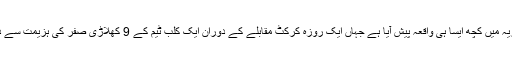
چیک جمہوریہ میں کچھ ایسا ہی واقعہ پیش آیا ہے جہاں ایک روزہ کرکٹ مقابلے کے دوران ایک کلب ٹیم کے 9 کھلاڑی صفر کی ہزیمت سے دوچار ہوئے۔